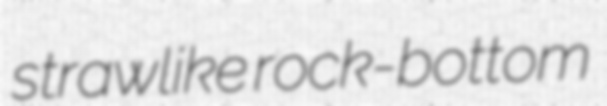
strawlike rock-bottom